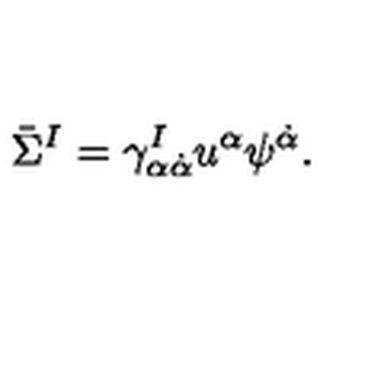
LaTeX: \bar { \Sigma } ^ { I } = \gamma _ { \alpha \dot { \alpha } } ^ { I } u ^ { \alpha } \psi ^ { \dot { \alpha } } .